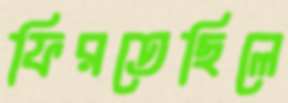
ফিরতেছিলে